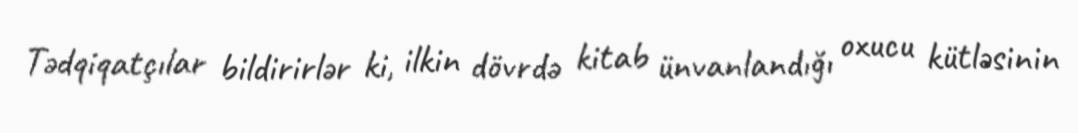
Tədqiqatçılar bildirirlər ki, ilkin dövrdə kitab ünvanlandığı oxucu kütləsinin